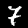
Label: 7